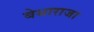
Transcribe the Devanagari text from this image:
बेथाराजा